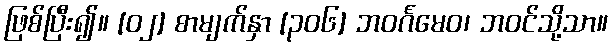
ဖြစ်ပြီး၍။ [၀၂] စာမျက်နှာ [၃၀၆] ဘဝင်္ဂမေဝ၊ ဘဝင်သို့သာ။